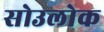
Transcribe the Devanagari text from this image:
सोउलोक